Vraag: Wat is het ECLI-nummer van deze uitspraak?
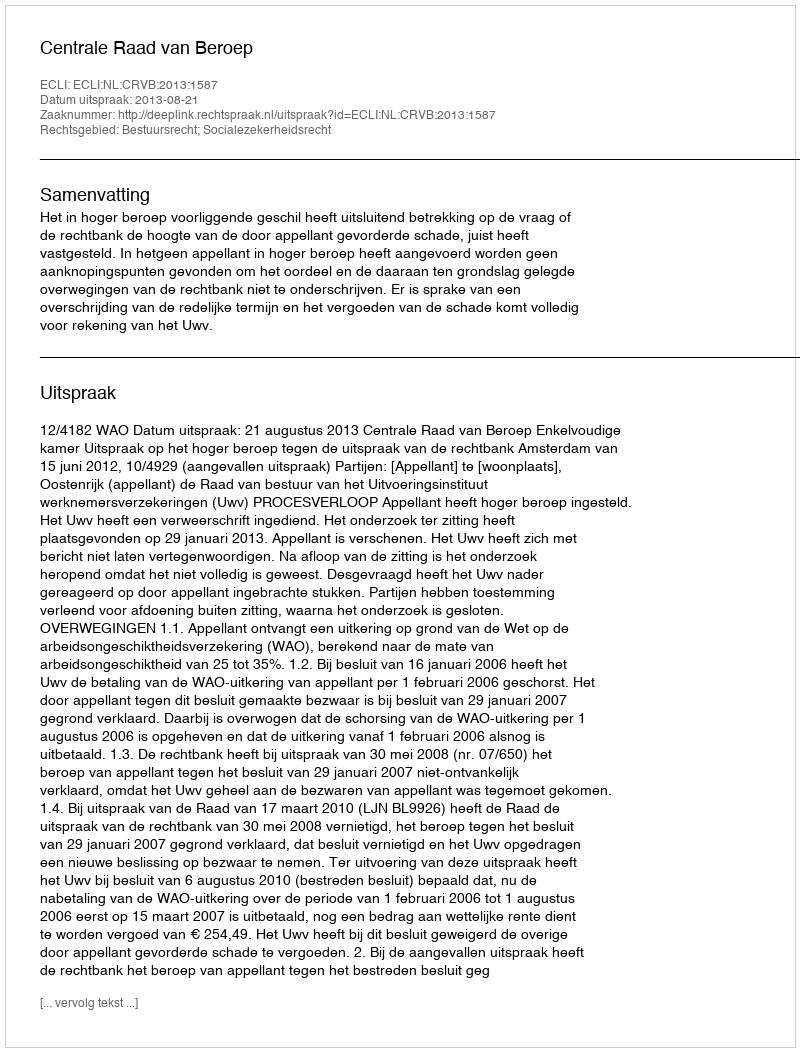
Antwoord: ECLI:NL:CRVB:2013:1587